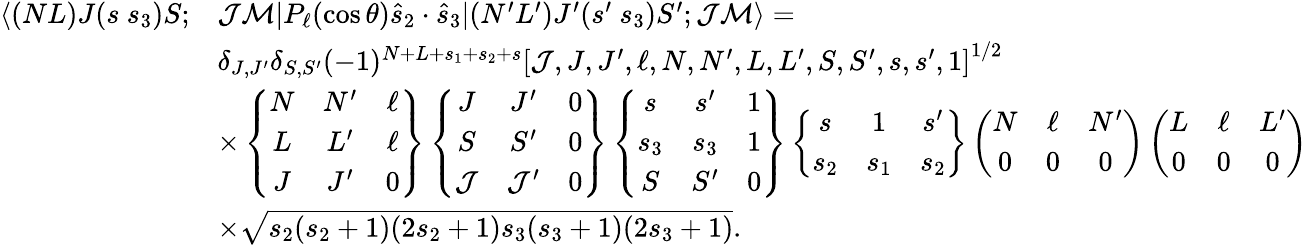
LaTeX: \begin{array}{rl}{\langle(NL)J(s~s_{3})S;}&{\mathcal{J}\mathcal{M}|P_{\ell}(\cos\theta)\hat{s}_{2}\cdot\hat{s}_{3}|(N^{\prime}L^{\prime})J^{\prime}(s^{\prime}~s_{3})S^{\prime};\mathcal{J}\mathcal{M}\rangle=}\\ &{\delta_{J,J^{\prime}}\delta_{S,S^{\prime}}(-1)^{N+L+s_{1}+s_{2}+s}\left[\mathcal{J},J,J^{\prime},\ell,N,N^{\prime},L,L^{\prime},S,S^{\prime},s,s^{\prime},1\right]^{1/2}}\\ &{\times\left\{ \begin{array}{ccc}{N}&{N^{\prime}}&{\ell}\\ {L}&{L^{\prime}}&{\ell}\\ {J}&{J^{\prime}}&{0}\end{array}\right\} \left\{ \begin{array}{ccc}{J}&{J^{\prime}}&{0}\\ {S}&{S^{\prime}}&{0}\\ {\mathcal{J}}&{\mathcal{J}^{\prime}}&{0}\end{array}\right\} \left\{ \begin{array}{ccc}{s}&{s^{\prime}}&{1}\\ {s_{3}}&{s_{3}}&{1}\\ {S}&{S^{\prime}}&{0}\end{array}\right\} \left\{ \begin{array}{ccc}{s}&{1}&{s^{\prime}}\\ {s_{2}}&{s_{1}}&{s_{2}}\end{array}\right\} \left(\begin{array}{ccc}{N}&{\ell}&{N^{\prime}}\\ {0}&{0}&{0}\end{array}\right)\left(\begin{array}{ccc}{L}&{\ell}&{L^{\prime}}\\ {0}&{0}&{0}\end{array}\right)}\\ &{\times\sqrt{s_{2}(s_{2}+1)(2s_{2}+1)s_{3}(s_{3}+1)(2s_{3}+1)}.}\end{array}